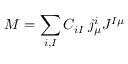
{ \cal M } = \sum _ { i , I } C _ { i I } \: j _ { \mu } ^ { i } J ^ { I \mu }